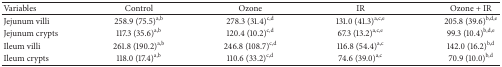
<table><thead><tr><td><b>Variables</b></td><td><b>Control</b></td><td><b>Ozone</b></td><td><b>IR</b></td><td><b>Ozone + IR</b></td></tr></thead><tbody><tr><td>Jejunum villi</td><td>258.9 (75.5)<sup>a,b</sup></td><td>278.3 (31.4)<sup>c,d</sup></td><td>131.0 (41.3)<sup>a,c,e</sup></td><td>205.8 (39.6)<sup>b,d,e</sup></td></tr><tr><td>Jejunum crypts</td><td>117.3 (35.6)<sup>a,b</sup></td><td>120.4 (10.2)<sup>c,d</sup></td><td>67.3 (13.2)<sup>a,c,e</sup></td><td>99.3 (10.4)<sup>b,d,e</sup></td></tr><tr><td>Ileum villi</td><td>261.8 (190.2)<sup>a,b</sup></td><td>246.8 (108.7)<sup>c,d</sup></td><td>116.8 (54.4)<sup>a,c</sup></td><td>142.0 (16.2)<sup>b,d</sup></td></tr><tr><td>Ileum crypts</td><td>118.0 (17.4)<sup>a,b</sup></td><td>110.6 (33.2)<sup>c,d</sup></td><td>74.6 (39.0)<sup>a,c</sup></td><td>70.9 (10.0)<sup>b,d</sup></td></tr></tbody></table>